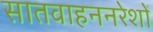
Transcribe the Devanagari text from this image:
सातवाहननरेशों